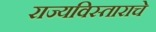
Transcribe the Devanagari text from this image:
राज्यविस्ताराचे